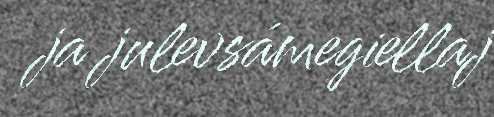
ja julevsámegiellaj